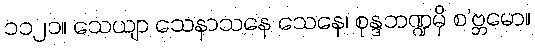
၁၁၂၁။ သေယျာ သေနာသနေ သေနေ၊ စုန္ဒဘဏ္ဍမှိ စ’ဗ္ဘမော။